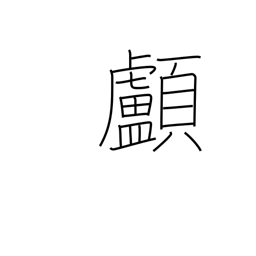
Meaning: skull